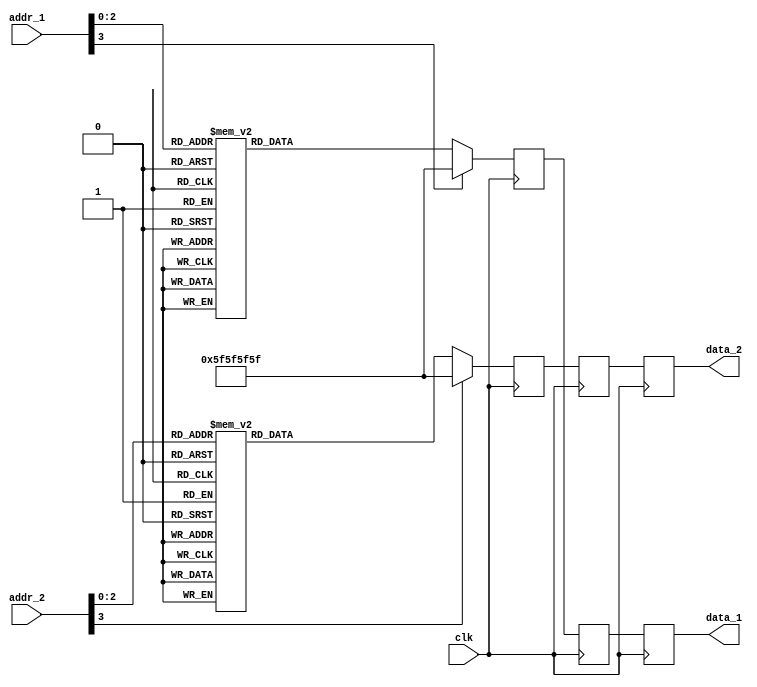
/* RTL model of a ROM
  Specs:
    word_length : 32
    mem_depth : whatever I want for the time being!
    each location stores one row of the coefficient matrix
*/
`define data_width 32
`define mem_depth 4

module rom_dual_port(
            clk,
            addr_1,
            addr_2, 
            data_1,
            data_2
            );

// port direction
    input clk;
    input [`mem_depth-1:0] addr_1;
    input [`mem_depth-1:0] addr_2;
    output reg [`data_width-1:0] data_1;
    output reg [`data_width-1:0] data_2;

// pipeline registers
    reg [`data_width-1:0] data_1_reg, data_1_reg_next;
    reg [`data_width-1:0] data_2_reg, data_2_reg_next;
// final output register    
    reg [`data_width-1:0] data_1_out, data_2_out;

// ROM data :
    wire [`data_width-1:0] loc0;
    wire [`data_width-1:0] loc1;
    wire [`data_width-1:0] loc2;
    wire [`data_width-1:0] loc3;
    wire [`data_width-1:0] loc4;
    wire [`data_width-1:0] loc5;
    wire [`data_width-1:0] loc6;
    wire [`data_width-1:0] loc7;
// actual value being stored here
// I will find a way to update this automatically. Maybe automatically
    assign loc0 = 32'h5F5F5F5F;
    assign loc1 = 32'h1A1A1A1A;
    assign loc2 = 32'h2E2E2E2E;
    assign loc3 = 32'hA5A5A5A5;
    assign loc4 = 32'h123478A2;
    assign loc5 = 32'h9C7B6A88;
    assign loc6 = 32'hAFAFB4C5;
    assign loc7 = 32'h13CF54AF;

always@(loc0 or loc1 or loc2 or loc3 or loc4 or loc5 or loc6 or loc7 or addr_1 or addr_2) begin
    case(addr_1)
        3'b000: data_1_out = loc0;
        3'b001: data_1_out = loc1;
        3'b010: data_1_out = loc2;
        3'b011: data_1_out = loc3;
        3'b100: data_1_out = loc4;
        3'b101: data_1_out = loc5;
        3'b110: data_1_out = loc6;
        3'b111: data_1_out = loc7;
        default:            data_1_out = loc0;
    endcase

        
    case(addr_2)
        3'b000: data_2_out = loc0;
        3'b001: data_2_out = loc1;
        3'b010: data_2_out = loc2;
        3'b011: data_2_out = loc3;
        3'b100: data_2_out = loc4;
        3'b101: data_2_out = loc5;
        3'b110: data_2_out = loc6;
        3'b111: data_2_out = loc7;
        default:            data_2_out = loc0;
    endcase
end

// Pipelinig registers for data line 1

always@(posedge clk)
    begin
        data_1_reg <= data_1_out;
        data_1_reg_next <= data_1_reg;
        data_1 <= data_1_reg_next;
    end


// Pipelinig registers for data line 2

always@(posedge clk)
    begin
        data_2_reg <= data_2_out;
        data_2_reg_next <= data_2_reg;
        data_2 <= data_2_reg_next;
    end

endmodule